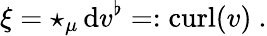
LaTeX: \xi=\star_{\mu}\, \mathrm{d}v^{\flat}=:\mathrm{curl}(v)\ .